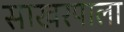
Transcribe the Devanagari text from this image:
साखरपाला